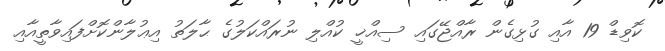
ކޮވިޑް 19 އާއި ގުޅިގެން ރާއްޖޭގައި ސިއްޚީ ކުއްލި ނުރައްކަލުގެ ޙާލަތު އިޢުލާންކޮށްފައިވާތީއާއި